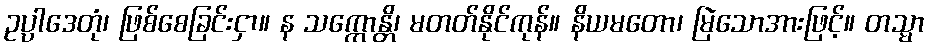
ဥပ္ပါဒေတုံ၊ ဖြစ်စေခြင်းငှာ။ န သက္ကောန္တိ၊ မတတ်နိုင်ကုန်။ နိယမတော၊ မြဲသောအားဖြင့်။ တသ္မာ